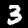
Label: 3